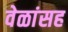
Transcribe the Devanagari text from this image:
वेळांसह